65_HS1-834228961_62-HQ-83894_Section_7
Agency: FBI
Page 111
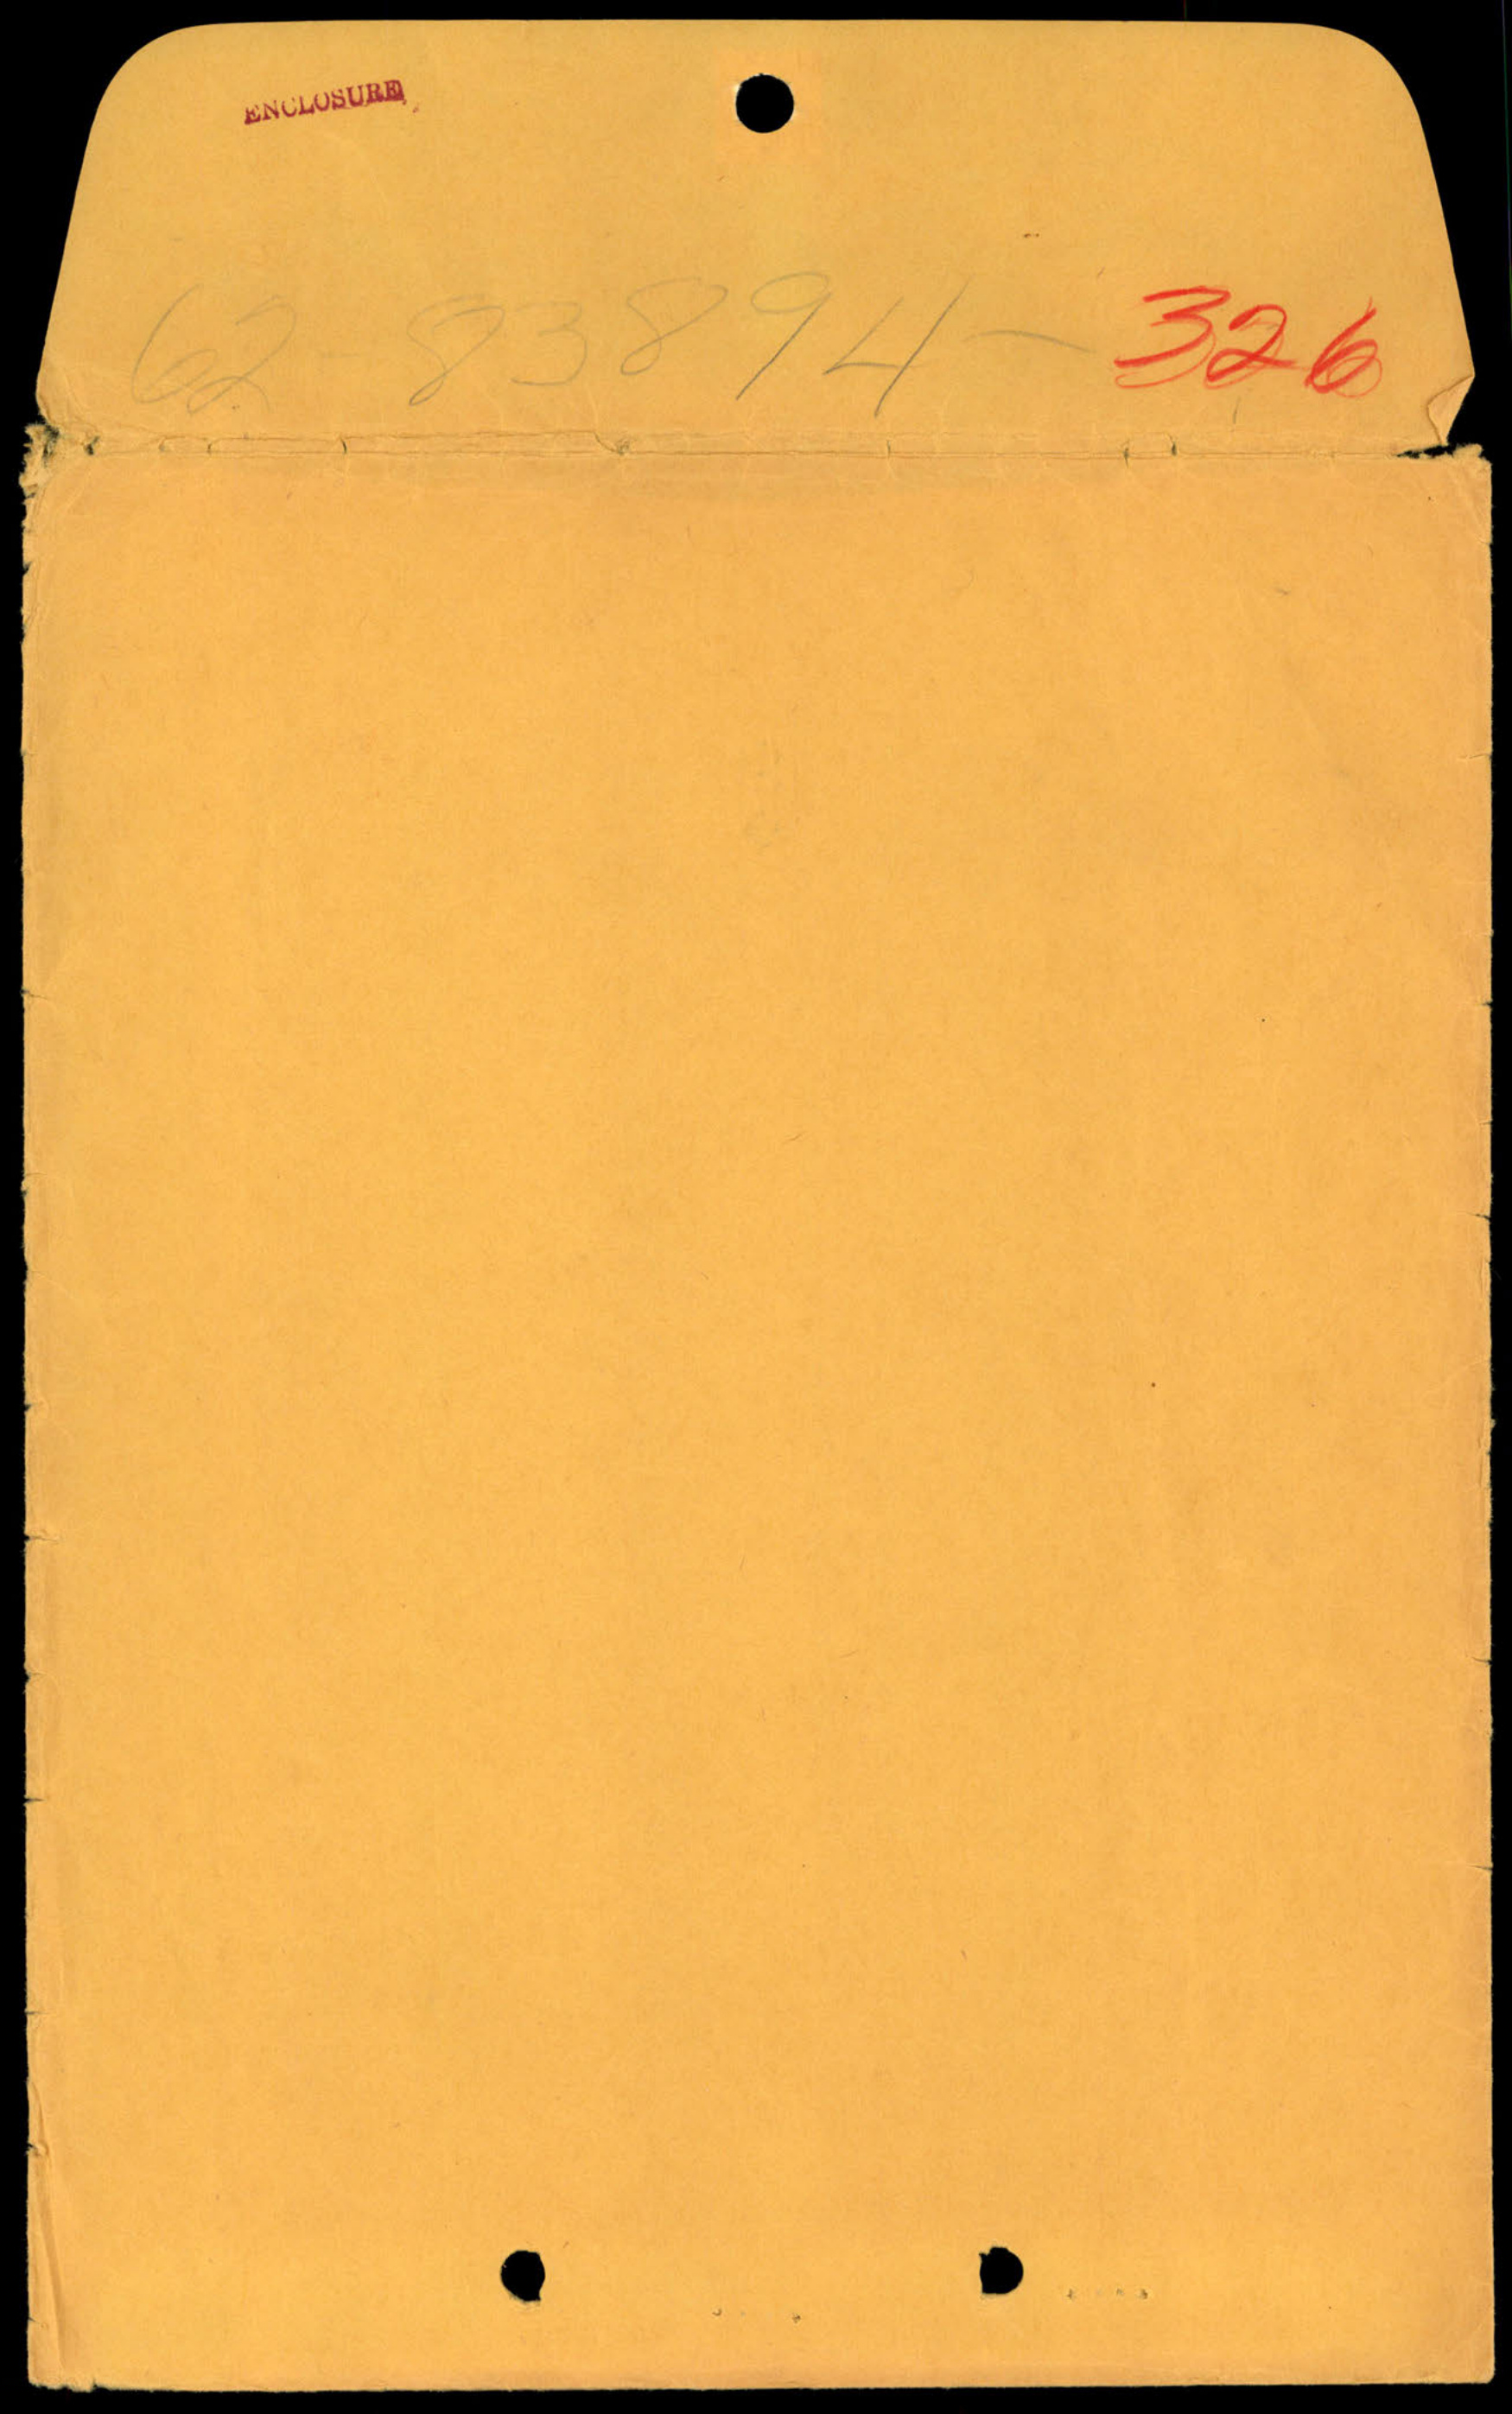